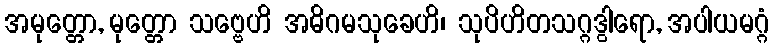
အမုတ္တော, မုတ္တော သဗ္ဗေဟိ အဓိဂမသုခေဟိ၊ သုပိဟိတသဂ္ဂဒွါရော, အပါယမဂ္ဂံ